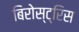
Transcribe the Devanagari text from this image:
बिरोस्ट्रिस